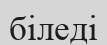
біледі